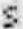
S